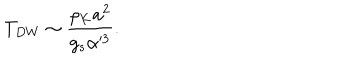
T _ { D W } \sim \frac { \rho _ { K } a ^ { 2 } } { g _ { s } \alpha ^ { 3 } } .